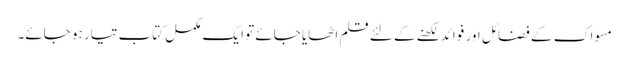
مسواک کے فضائل اور فوائد لکھنے کے لئے قلم اٹھایا جائے تو ایک مکمل کتاب تیار ہو جائے۔